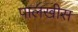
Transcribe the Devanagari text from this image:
पालखीस